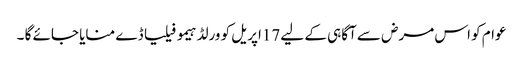
عوام کو اس مرض سے آگاہی کے لیے 17اپریل کو ورلڈ ہیمو فیلیا ڈے منایا جائے گا ۔